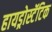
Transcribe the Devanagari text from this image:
हायड्रोस्टॅटिक